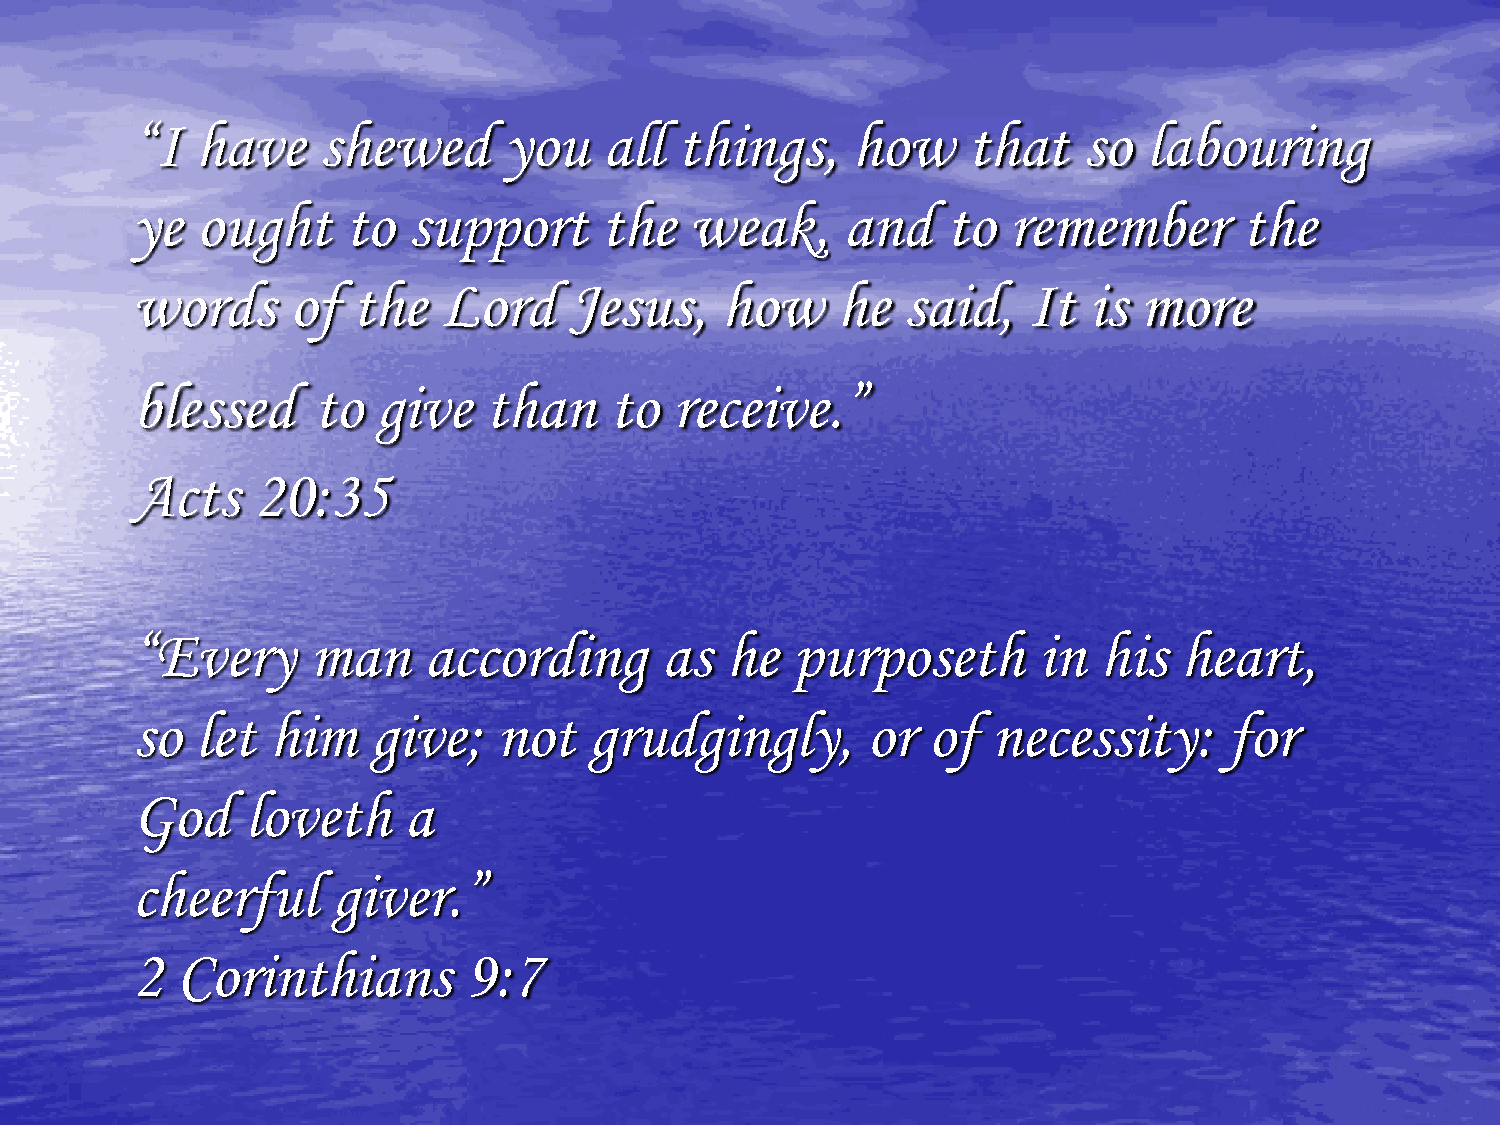
“I  have    shewed      you    all  things,    how     that    so  labouring
 ye  ought     to  support      the   weak,     and    to  remember       the
 words     of  the   Lord     Jesus,    how    he   said,   It  is more
 blessed     to  give   than    to  receive.”
 Acts    20:35
 “Every      man    according       as  he  purposeth        in  his  heart,
 so  let  him    give;   not   grudgingly,       or  of   necessity:     for
 God    loveth     a
 cheerful     giver.”
 2  Corinthians        9:7